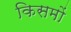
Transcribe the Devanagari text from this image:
किसमों